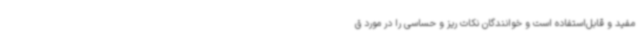
مفید و قابل‌استفاده است و خوانندگان نکات ریز و حساسی را در مورد ق